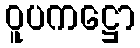
ဝူပကဋ္ဌော